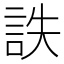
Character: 詄